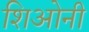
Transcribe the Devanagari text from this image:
शिओनी